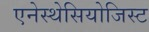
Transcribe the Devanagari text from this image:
एनेस्थेसियोजिस्ट